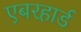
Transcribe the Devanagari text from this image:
एबरहार्ड